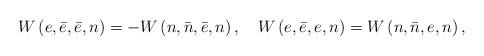
LaTeX: \begin{align*}W\left(e,\bar{e},\bar{e},n\right)=-W\left(n,\bar{n},\bar{e},n\right),~~~W\left(e,\bar{e},e,n\right)=W\left(n,\bar{n},e,n\right),\end{align*}